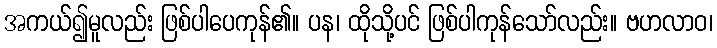
အကယ်၍မူလည်း ဖြစ်ပါပေကုန်၏။ ပန၊ ထိုသို့ပင် ဖြစ်ပါကုန်သော်လည်း။ ဗဟလာဝ၊